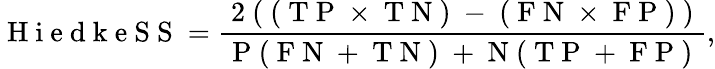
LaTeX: \mathrm{~H~i~e~d~k~e~S~S~}=\frac{\mathrm{~2~(~(~T~P~\times~T~N~)~-~(~F~N~\times~F~P~)~)~}}{\mathrm{~P~(~F~N~+~T~N~)~+~N~(~T~P~+~F~P~)~}},